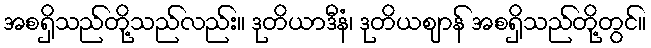
အစရှိသည်တို့သည်လည်း။ ဒုတိယာဒီနံ၊ ဒုတိယဈာန် အစရှိသည်တို့တွင်။